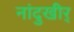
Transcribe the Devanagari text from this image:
नांदुखीर्